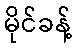
မိုင်ခန့်